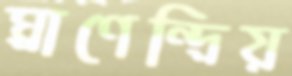
ঘ্রাণেন্দ্রিয়